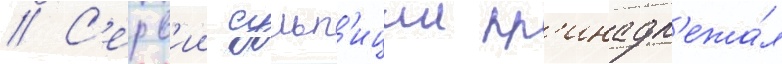
// С'ерв'ии сульп'иции пр'инадл'ежа́л